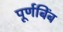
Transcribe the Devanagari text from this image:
पूर्णबिंब